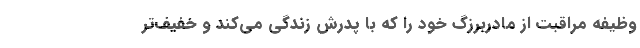
وظیفه مراقبت از مادربرزگ خود را که با پدرش زندگی می‌کند و خفیف‌تر